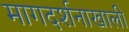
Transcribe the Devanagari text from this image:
मागदर्शनाखाली